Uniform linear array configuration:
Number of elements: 12
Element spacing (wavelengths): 0.25
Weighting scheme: hamming
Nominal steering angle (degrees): -60
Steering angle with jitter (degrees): -59.321
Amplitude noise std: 0.05
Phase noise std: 0.05

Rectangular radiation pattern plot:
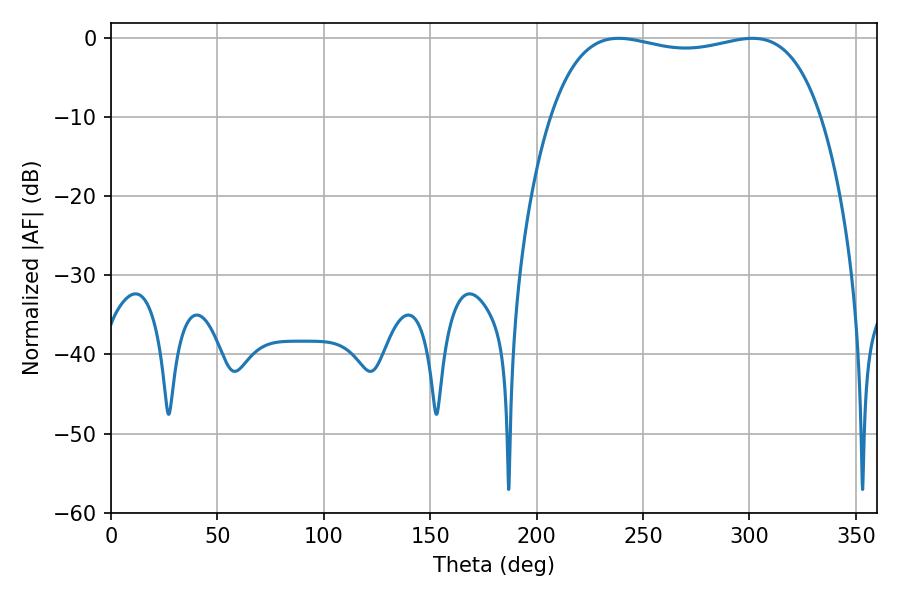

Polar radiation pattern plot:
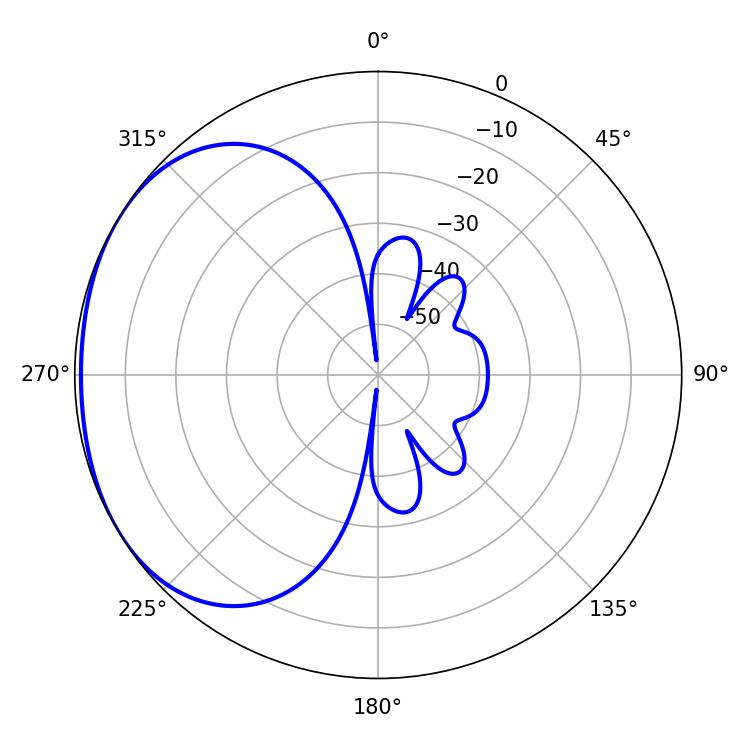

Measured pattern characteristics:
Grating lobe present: FALSE
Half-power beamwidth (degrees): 102.6
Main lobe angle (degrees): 301.5